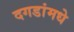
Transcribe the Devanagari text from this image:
दगडांमधे